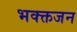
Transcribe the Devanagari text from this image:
भक्क्तजन